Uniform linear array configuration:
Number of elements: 16
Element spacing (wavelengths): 0.75
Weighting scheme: hann
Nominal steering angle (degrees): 45
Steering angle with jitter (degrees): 46.606
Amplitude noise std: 0.05
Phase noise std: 0.05

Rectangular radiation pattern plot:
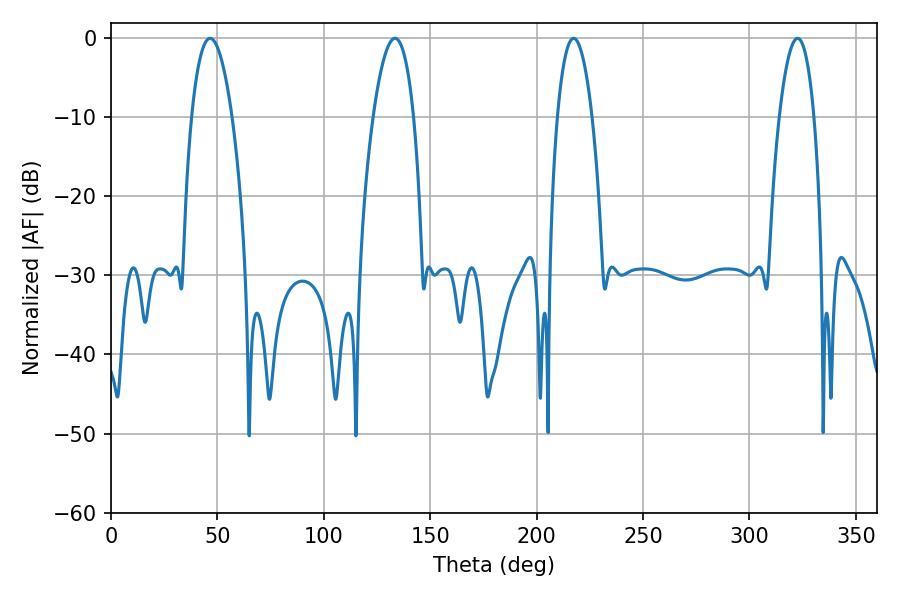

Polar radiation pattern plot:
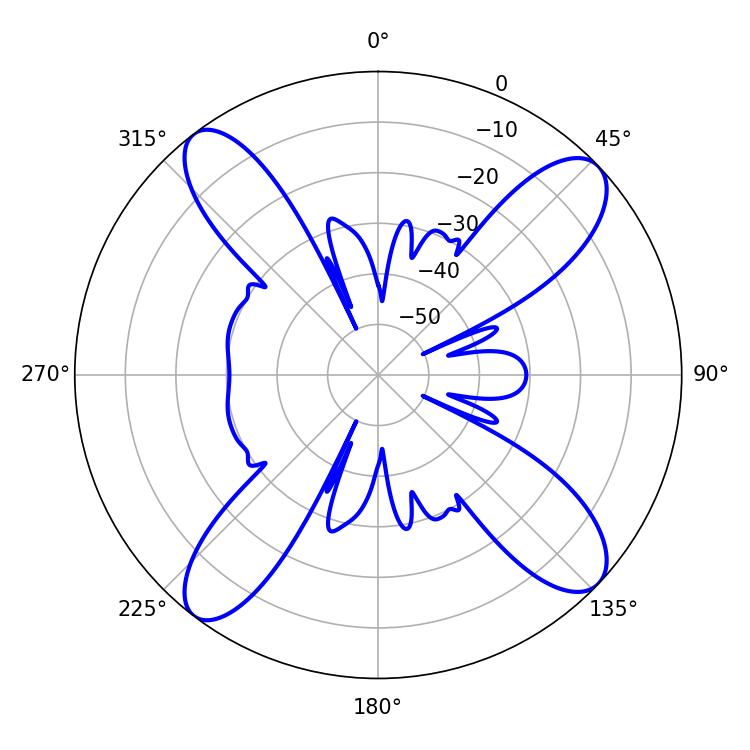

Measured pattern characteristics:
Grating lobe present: TRUE
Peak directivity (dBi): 13.988
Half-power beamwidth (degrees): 10.44
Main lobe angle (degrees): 46.62